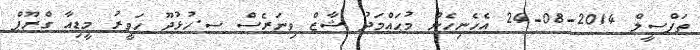
ތަފްސީލް 2014-08-24 އެހެނިހެން މުޙައްމަދު ޝާޒް ވިނަރެސް ސ.ހުޅުދޫ ހަވީރު މީޑިއާ ގްރޫޕް